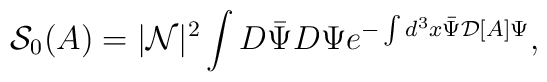
{\mathcal S}_0(A)=|{\mathcal N}|^2 \int D\bar{\Psi} D\Psi e^{-\int d^3x \bar{\Psi} {\mathcal D}[A] \Psi},